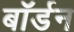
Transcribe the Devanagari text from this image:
बॉर्डन